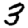
Digit: 3